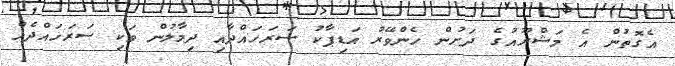
އެގޮތުން އެ މަޝްރޫއުގެ ދަށުން ހެންވޭރު އަޑިޕާކު ސަރަހައްދާއި ދިމާލުން ވަކި ސަރަހައްދެއް